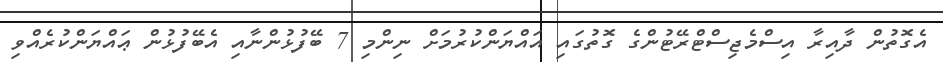
އެގޮތުން ދާއިރާ އިސްމެޖިސްޓްރޭޓުންގެ ގޮތުގައި އައްޔަންކުރުމަށް ނިންމި 7 ބޭފުޅުންނާއި އެބޭފުޅުން ޢައްޔަންކުރެއްވި